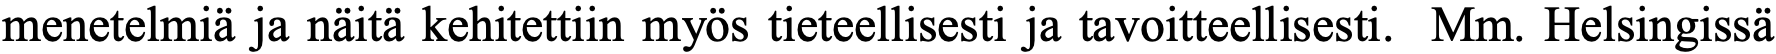
menetelmiä ja näitä kehitettiin myös tieteellisesti ja tavoitteellisesti. Mm. Helsingissä